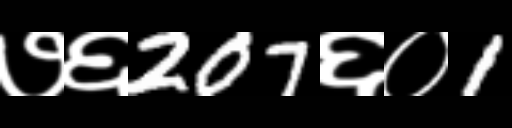
Text: ७६207६०1